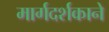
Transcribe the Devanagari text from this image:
मार्गदर्शकाने